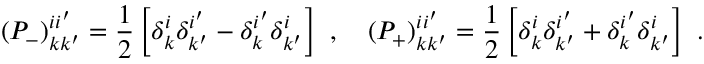
( P _ { - } ) _ { k k ^ { \prime } } ^ { i i ^ { \prime } } = \frac { 1 } { 2 } \left[ \delta _ { k } ^ { i } \delta _ { k ^ { \prime } } ^ { i ^ { \prime } } - \delta _ { k } ^ { i ^ { \prime } } \delta _ { k ^ { \prime } } ^ { i } \right] ~ , ~ ~ ~ ( P _ { + } ) _ { k k ^ { \prime } } ^ { i i ^ { \prime } } = \frac { 1 } { 2 } \left[ \delta _ { k } ^ { i } \delta _ { k ^ { \prime } } ^ { i ^ { \prime } } + \delta _ { k } ^ { i ^ { \prime } } \delta _ { k ^ { \prime } } ^ { i } \right] ~ .